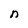
Character: n